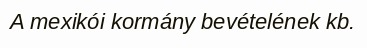
A mexikói kormány bevételének kb.